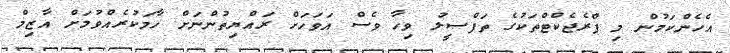
އެހެންކަމުން މި ޕްރެޖެކްޓްތަކުގެ ތަފްސީލު ވިހާ ވެސް އަވަހަށް ރައްޔިތުންނަށް ހާމަކުރެއްވުމަށް އާޒިމް